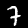
Digit: 7